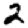
Digit: 2